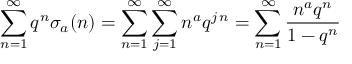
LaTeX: \sum _ { n = 1 } ^ { \infty } q ^ { n } \sigma _ { a } ( n ) = \sum _ { n = 1 } ^ { \infty } \sum _ { j = 1 } ^ { \infty } n ^ { a } q ^ { j \, n } = \sum _ { n = 1 } ^ { \infty } { \frac { n ^ { a } q ^ { n } } { 1 - q ^ { n } } }